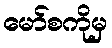
မော်စကိုမှ